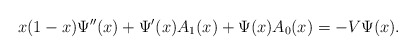
\begin{align*}x(1-x)\Psi''(x)+\Psi'(x)A_1(x)+\Psi(x)A_0(x)=-V\Psi(x).\end{align*}